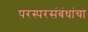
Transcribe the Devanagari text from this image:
परस्परसंबंधांचा